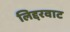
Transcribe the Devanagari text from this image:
लिद्दरवाट